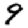
Digit: 9